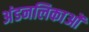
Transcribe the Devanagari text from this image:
अंडनलिकाओं